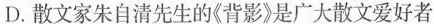
D.散文家朱自清先生的《背影》是广大散文爱好者